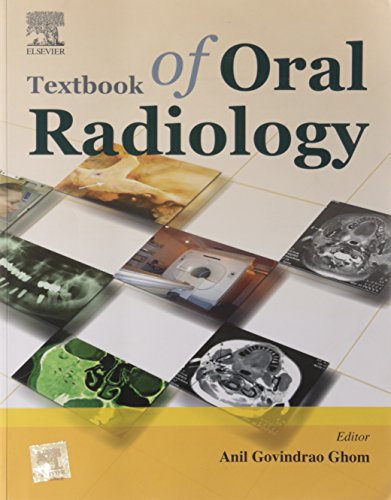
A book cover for Textbook of Oral Radiology; Anil Govindrao Ghom; Medical Books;